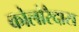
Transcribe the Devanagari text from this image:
कोलोरैदास